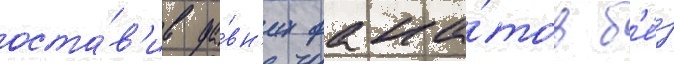
оста́в'ив да́вн'их фана́тов б'е́з